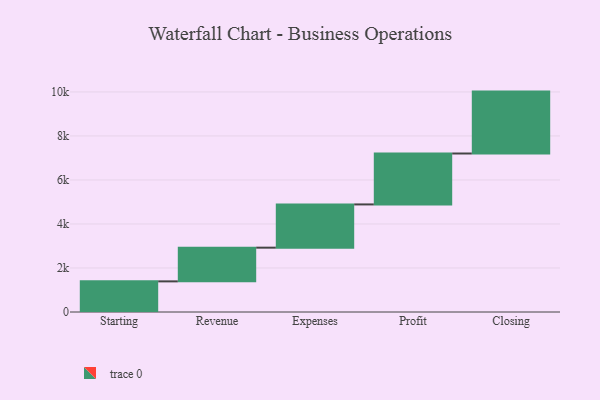
{"axis": {"x": "Step", "y": "Value"}, "legend": [""], "data": [{"x": "Starting", "y": 1392.0, "type": ""}, {"x": "Revenue", "y": 1532.0, "type": ""}, {"x": "Expenses", "y": 1965.0, "type": ""}, {"x": "Profit", "y": 2314.0, "type": ""}, {"x": "Closing", "y": 2813.0, "type": ""}]}